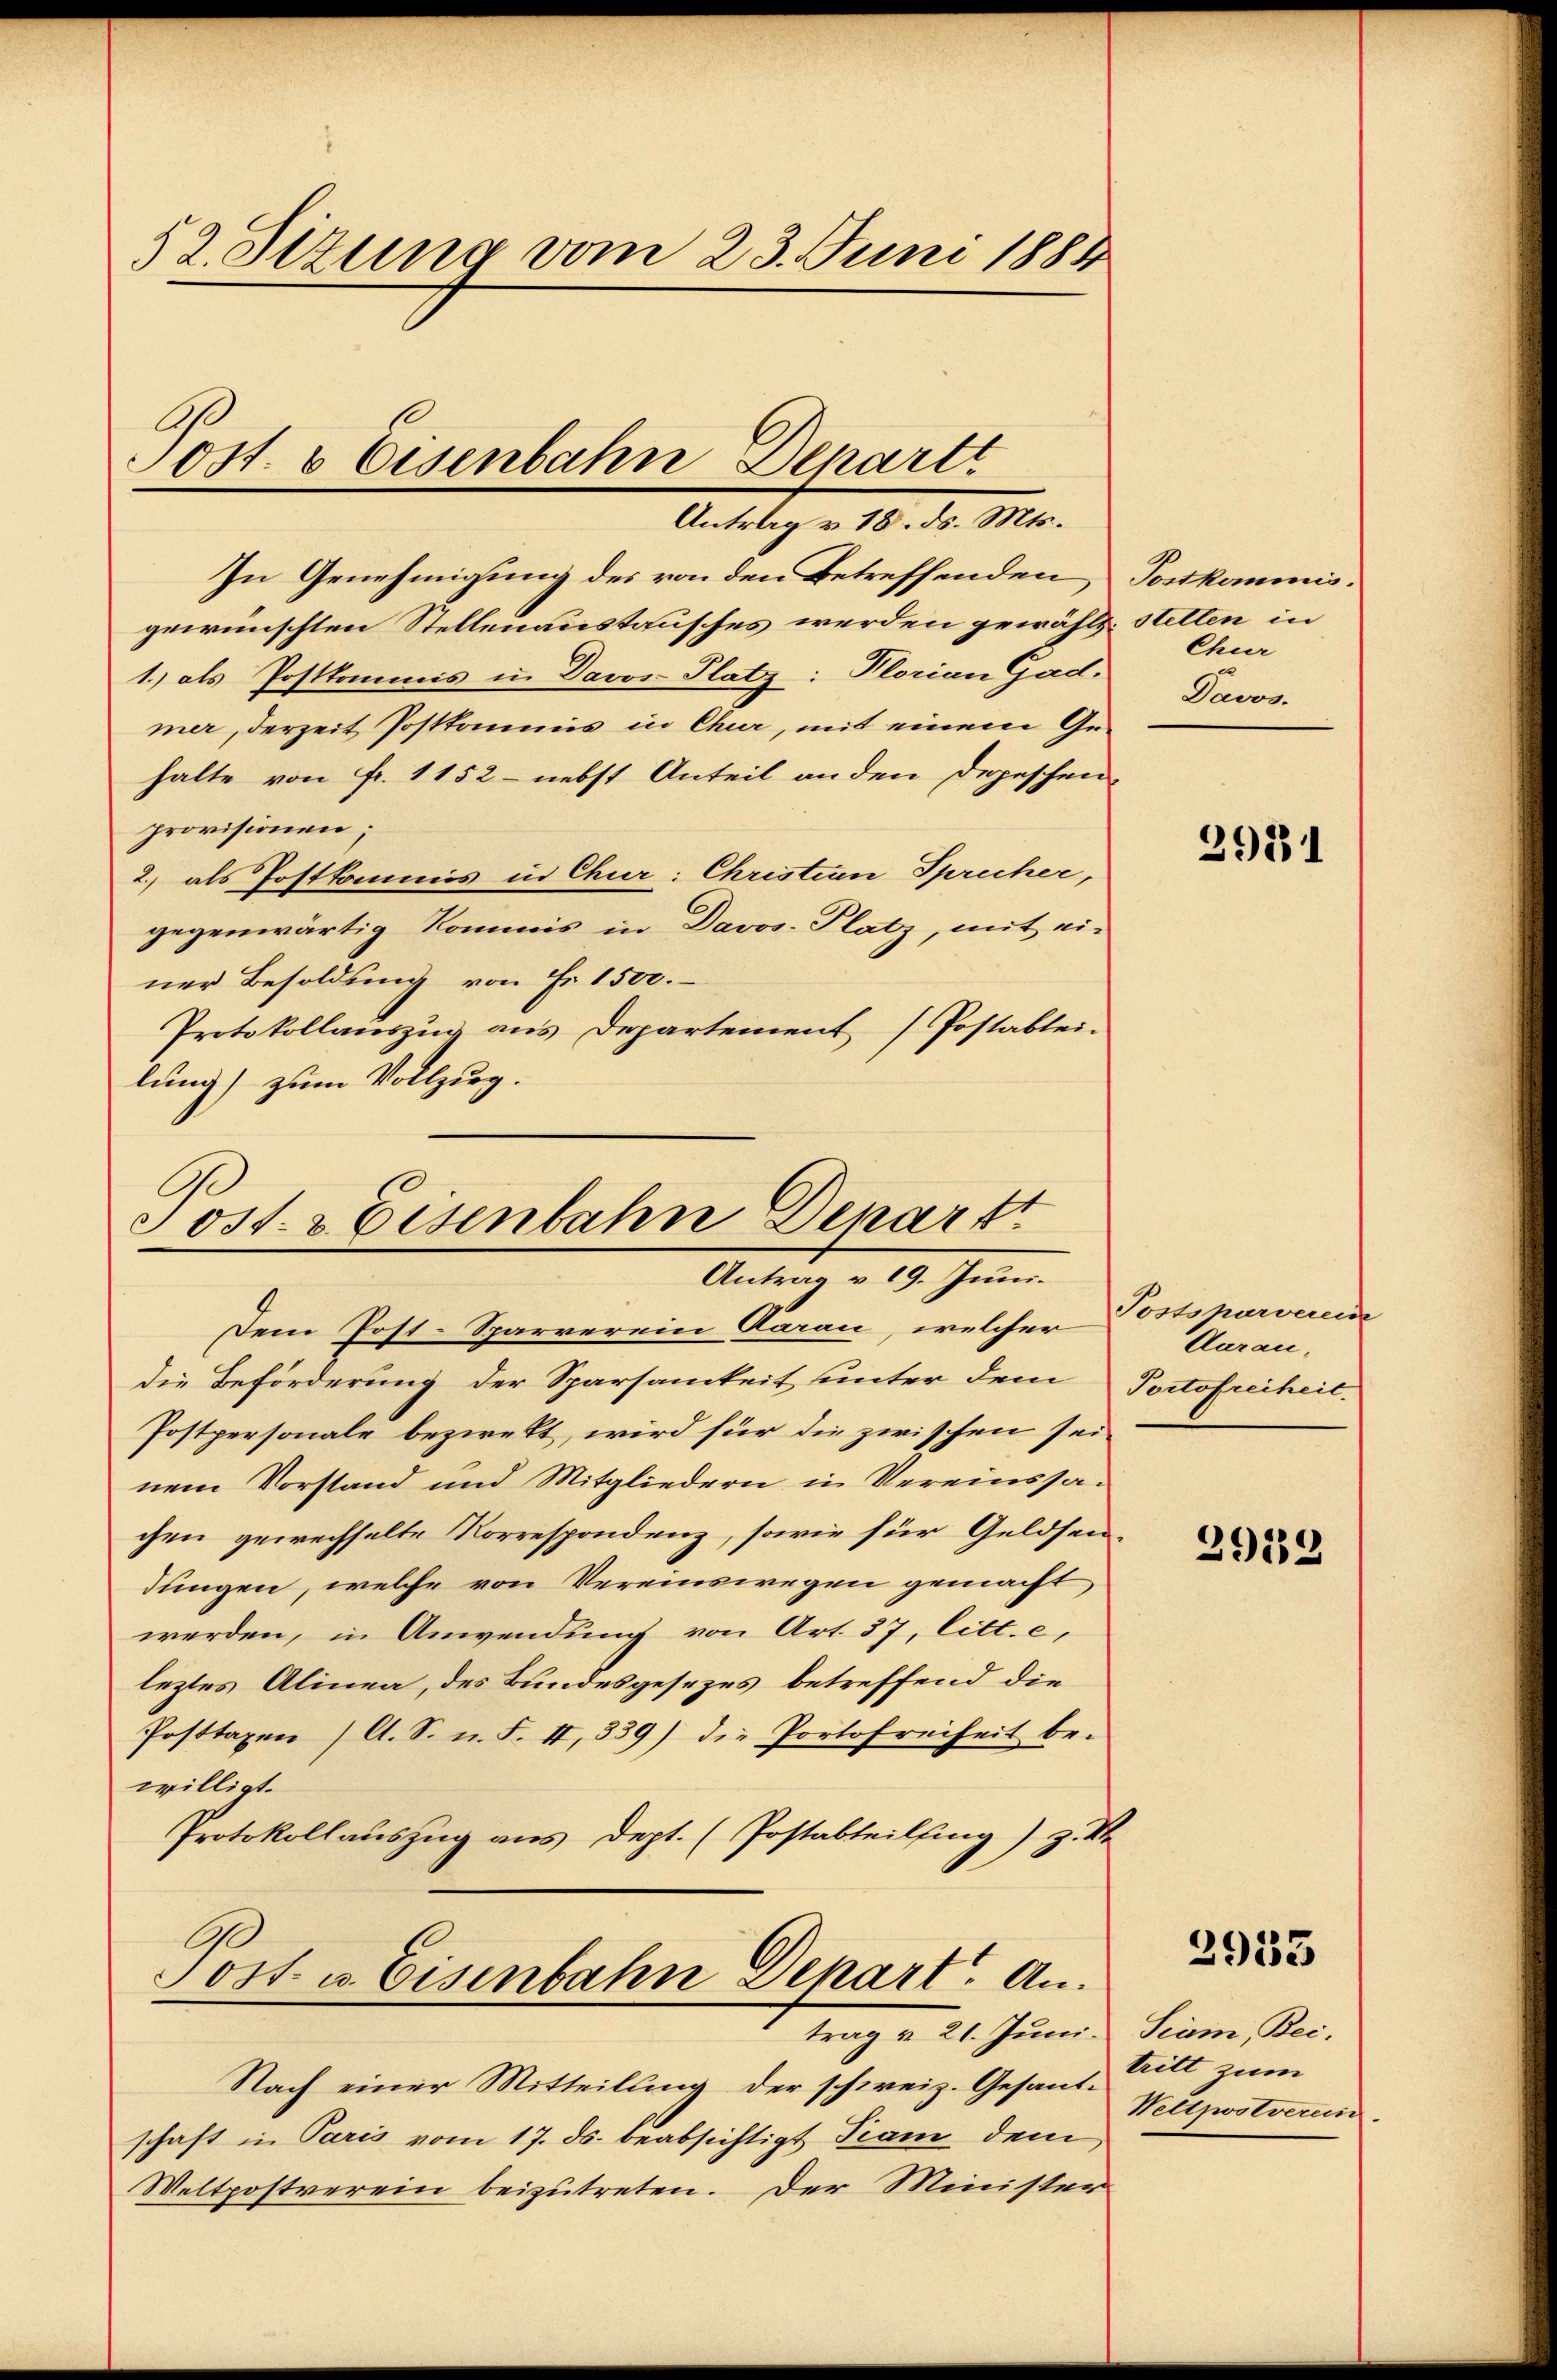
In Genehmigung des von den Betreffenden
gewünschten Stellenaustausches werden gewählt
1) als Postkommis in Davos- Platz: Plorian Gad.
mer, derzeit Postkommis in Chur, mit einem Gehalte von Fr. 1152 - nebst Anteil an den Depeschen
provisionen;
2.) als Postkommis in Chur: Christian Sprucher,
gegenwärtig Kommis in Davos. Platz, mit einer Besoldung von Fr. 1500.
Protokollauszug aus Departement (Postablei-
lung) zum Vollzug.
Ge
Sost- & Eisenbahn Depart

52. Stzung vom 23. Juni 1884

Sost. v Eisenbahn Depart
Antrag v. 18. ds. Mts.

Antrag v. 19. Juni.

Dem Post-Sparrerein Aarau, welcher
die Beförderung der Sparsamkeit unter dem Portofreiheit.
Postpersonale bezwekt, wird für die zwischen seinem Vorstand und Mitgliedern in Vereinssachen gewechselte Korrespondenz, sowie für Geldsen-
dungen, welche von Vereinswegen gemacht
werden, in Anwendung von Art. 37, litt. e,
leztes Alinea, des Bundesgesezes betreffend die
Posttaxen /A. S. n. F. II, 339) die Portofreiheit bewilligt.
Protokollauszug aus dept. (Postabteilfing) z. S.
C
Post u. Eisenbahn Depart. Antrag u. 21. Juni. Siam, Bei-
Nach einer Mitteilung der schweiz. Gesantschaft in Paris vom 17. ds. beabsichtigt Tram dem
Weltpostverein beizutreten. Der Minister

Postkommisstetten in
Chur
Davos.

2931

Tostsharverein
Aarau,

2932

2953

tritt zum
Wetzwstverun